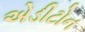
એડીટોન